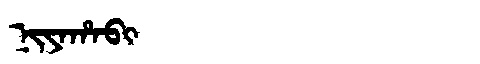
Manchu: ᠨᡳᠶᠠᡥᠠᠪᡳ
Romanization: NIYAHABI